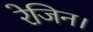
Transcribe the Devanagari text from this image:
रेजिन।